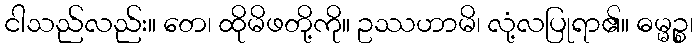
ငါသည်လည်း။ တေ၊ ထိုမိဖတို့ကို။ ဥဿဟာမိ၊ လုံ့လပြုရာ၏။ ဓမ္မဉ္စ၊